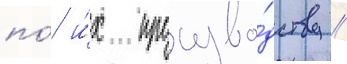
по́ и́х произво́дству //